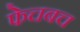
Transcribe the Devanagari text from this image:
फेचबच